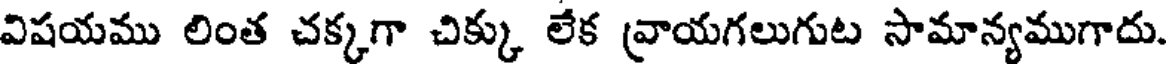
విషయము లింత చక్కగా చిక్కు లేక వ్రాయగలుగుట సామాన్యముగాదు.